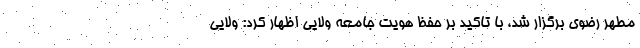
مطهر رضوی برگزار شد، با تاکید بر حفظ هویت جامعه ولایی اظهار کرد: ولایی